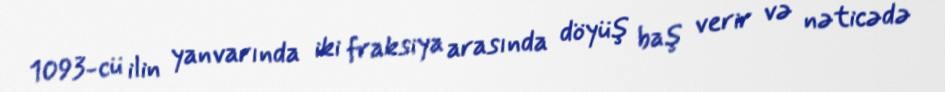
1093-cü ilin yanvarında iki fraksiya arasında döyüş baş verir və nəticədə